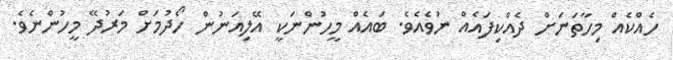
ހެއްކެއް މިހާތަނަށް ދެެއްކިފައެއް ނުވެއެވެ. ބައެއް މީހުންނަކީ އޭލިއަނުން ހޯދުމަށް މަރުދޭ މީހުންނެވެ.